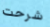
شرحت